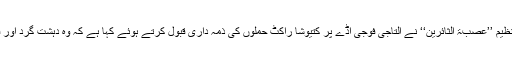
عرب نیوز چینل المیادین کے مطابق عراق میں نئی سامنے آنے والی تنظیم ’’عصبۃ الثائرین‘‘ نے التاجی فوجی اڈے پر کتیوشا راکٹ حملوں کی ذمہ داری قبول کرتے ہوئے کہا ہے کہ وہ دہشت گرد اور قابض امریکی فوج کے خلاف اپنے حملوں کا سلسلہ جاری رکھے گی۔